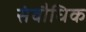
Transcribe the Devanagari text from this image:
संवौधिक